Annual report of lunatic asylums [Bombay] - 1912-1922
Year: 1912
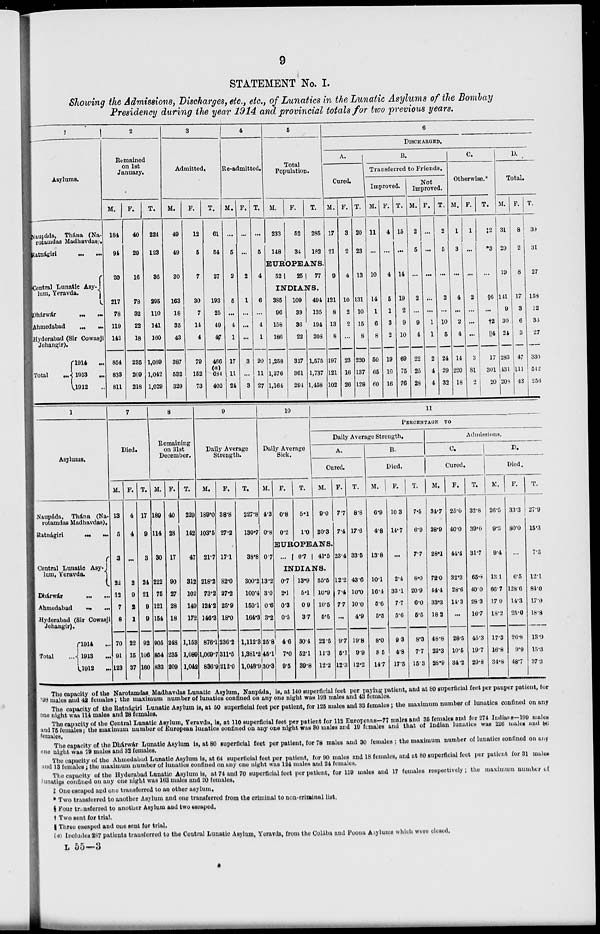
9
STATEMENT No. I.
Showing the Admissions, Discharges, etc., etc., of Lunatics in the Lunatic Asylums of the Bombay
Presidency during the year 1914 and provincial totals for two previous years.
1
Asylums.
Naupáda, Thána (Na-
rotamdas Madhavdas).
Ratnágiri ... ...
Central Lunatic Asy-
lum, Yeravda.
Dhárwár
...
...
Ahmedabad
...
...
Hyderabad (Sir Cowasji
Jehangir).
Total
...
1914
...
1913 ...
1912 ...
2
Remained
on 1st
January.
M.
184
94
20
217
78
119
142
854
833
811
F.
40
29
16
78
32
22
18
235
209
218
T.
224
123
36
295
110
141
160
1,089
1,042
1,029
3
Admitted.
M.
49
49
30
163
18
35
43
387
532
329
F.
12
5
7
30
7
14
4
79
152
73
T.
61
54
37
193
25
49
47
466
(a)
684
402
4
Re-admitted.
M.
...
5
2
5
...
4
1
17
11
24
F.
...
...
2
1
...
...
...
3
...
3
T.
...
5
4
6
...
4
1
20
11
27
5
Total
Population.
M.
233
148
F.
52
34
T.
285
182
EURPEANS.
52
25
77
INDIANS.
385
96
158
186
1,258
1,376
1,164
109
39
36
22
317
361
294
494
135
194
208
1,575
1,737
1,458
6
DISCHARGED.
A.
Cured.
M.
17
21
9
121
8
13
8
197
121
102
F.
3
2
4
10
2
2
...
23
16
26
T.
20
23
13
131
10
15
8
220
137
128
B.
Transferred to Friends.
Improved.
M.
11
...
10
14
1
6
8
50
65
60
F.
4
...
4
5
1
3
2
19
10
16
T.
15
...
14
19
2
9
10
69
75
76
Not
Improved.
M.
2
5
...
2
...
9
4
22
25
28
F.
...
...
...
...
...
1
1
2
4
4
T.
2
5
...
2
...
10
5
24
29
32
C.
Otherwise.*
M.
1
3
...
4
...
2
4
14
220
18
F.
1
...
...
2
...
...
...
3
81
2
T.
‡2
*3
...
§6
...
†2
||4
17
301
20
D.
Total.
M.
31
29
19
141
9
30
24
283
431
208
F.
8
2
8
17
3
6
3
47
111
43
T.
39
31
27
158
12
36
27
330
542
256
1
Asylums.
Naupáda, Thána (Na-
rotamdas Madhavdas).
Ratnágiri ... ...
Central Lunatic Asy-
lum, Yeravda.
Dhárwár
...
...
Ahmedabad ... ...
Hyderabad (Sir Cowasji
Jehangir).
Total
1914
...
1913
...
1912
...
7
Died.
M.
13
5
3
22
12
7
8
70
91
123
F.
4
4
...
2
9
2
1
22
15
37
T.
17
9
3
24
21
9
9
92
106
160
8
Remaining
on 31st
December.
M.
189
114
30
222
75
121
154
905
854
833
F.
40
28
17
90
27
28
18
248
235
209
T.
229
142
47
312
102
149
172
1,153
1,089
1,042
9
Daily Average
Strength.
M.
189.0
103.5
21.7
218.2
73.2
124.2
146.3
876.1
1,069.7
836.9
F.
38.8
27.2
17.1
82.0
27.2
25.9
18.0
236.2
311.5
212.0
T.
227.8
130.7
38.8
300.2
100.4
150.1
164.3
1,112.3
1,381.2
1,048.9
10
Daily Average
Sick.
M.
4.3
0.8
0.7
13.2
3.0
0.6
3.2
25.8
45.1
30.3
F.
0.8
0.2
T.
5.1
1.0
11
PERCENTAGE
TO
Daily Average Strength.
A.
Cured.
M.
9.0
20.3
EUROPEANS.
...
0.7
41.5
INDIANS.
0.7
2.1
0.3
0.5
4.6
7.0
9.5
13.9
5.1
0.9
3.7
30.4
52.1
39.8
55.5
10.9
10.5
5.5
22.5
11.3
12.2
F.
7.7
7.4
23.4
12.2
7.4
7.7
...
9.7
5.1
12.3
T.
8.8
17.6
33.5
43.6
10.0
10.0
4.9
19.8
9.9
12.2
B.
Died.
M.
6.9
4.8
13.8
10.1
16.4
5.6
5.5
8.0
8.5
14.7
F.
10.3
14.7
...
2.4
33.1
7.7
5.6
9.3
4.8
17.5
T.
7.5
6.9
7.7
8.0
20.9
6.0
5.5
8.3
7.7
15.3
Admissions.
C.
Cured.
M.
34.7
38.9
28.1
72.0
44.4
33.3
18.2
48.8
22.3
28.9
F.
25.0
40.0
44.4
32.3
28.6
14.3
...
28.5
10.5
34.2
T.
32.8
39.0
31.7
65.8
40.0
28.3
16.7
45.3
19.7
29.8
D.
Died.
M.
26.5
9.3
9.4
13.1
66.7
17.9
18.2
17.3
16.8
34.8
F.
33.3
80.0
...
6.5
128.6
14.3
25.0
26.8
9.9
48.7
T.
27.9
15.3
7.3
12.1
84.0
17.0
18.8
13.9
15.3
37.3
The capacity of the Narotamdas Madhavdas Lunatic Asylum, Naupáda, is, at 140 superficial feet per paying patient, and at 80 superficial feet per pauper patient, for
98 males and 42 females; the maximum number of lunatics confined on any one night was 193 males and 43 females.
The capacity of the Ratnágiri Lunatic Asylum is, at 50 superficial feet per patient, for 125 males and 33 females; the maximum number of lunatics confined on any
one night was 114 males and 28 females.
The capacity of the Central Lunatic Asylum, Yeravda, is, at 110 superficial feet per patient for 112 Europeans—77 males and 35 females and for 274 Indians—199 males
and 75 females; the maximum number of European lunatics confined on any one night was 30 males and 19 females and that of Indian lunatics was 226 males and 86
females.
The capacity of the Dhárwár Lunatic Asylum is, at 80 superficial feet per patient, for 78 males and 30 females ; the maximum number of lunatics confined on any
one night was 79 males and 32 females.
The capacity of the Ahmedabad Lunatic Asylum is, at 64 superficial feet per patient, for 90 males and 18 females, and at 80 superficial feet per patient for 31 males
and 13 females ; the maximum number of lunatics confined on any one night was 124 males and 24 females.
The capacity of the Hyderabad Lunatic Asylum is, at 74 and 70 superficial feet per patient, for 159 males and 17 females respectively ; the maximum number of
lunatics confined on any one night was 163 males and 20 females.
‡ One escaped and one transferred to an other asylum,
* Two transferred to another Asylum and one transferred from the criminal to non-criminal list.
§ Four transferred to another Asylum and two escaped.
† Two sent for trial.
|| Three escaped and one sent for trial.
(a) Includes 287 patients transferred to the Central Lunatic Asylum, Yeravda, from the Colába and Poona Asylums which were closed.
L 55—3